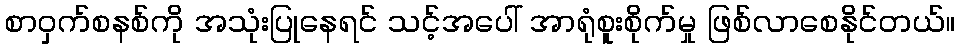
စာဝှက်စနစ်ကို အသုံးပြုနေရင် သင့်အပေါ် အာရုံစူးစိုက်မှု ဖြစ်လာစေနိုင်တယ်။